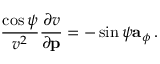
\frac { \cos \psi } { v ^ { 2 } } \frac { \partial v } { \partial { \bf p } } = - \sin \psi { \bf a } _ { \phi } \, .